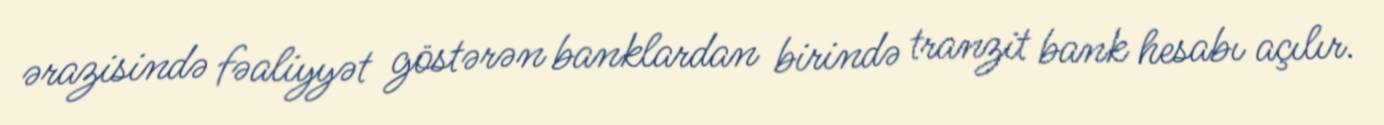
ərazisində fəaliyyət göstərən banklardan birində tranzit bank hesabı açılır.